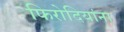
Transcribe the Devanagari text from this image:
फिरोदियांना